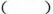
()